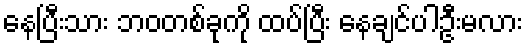
နေပြီးသား ဘဝတစ်ခုကို ထပ်ပြီး နေချင်ပါဦးမလား